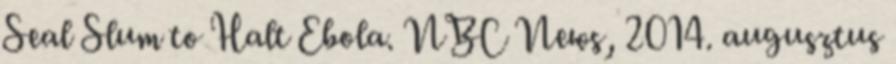
Seal Slum to Halt Ebola. NBC News, 2014. augusztus